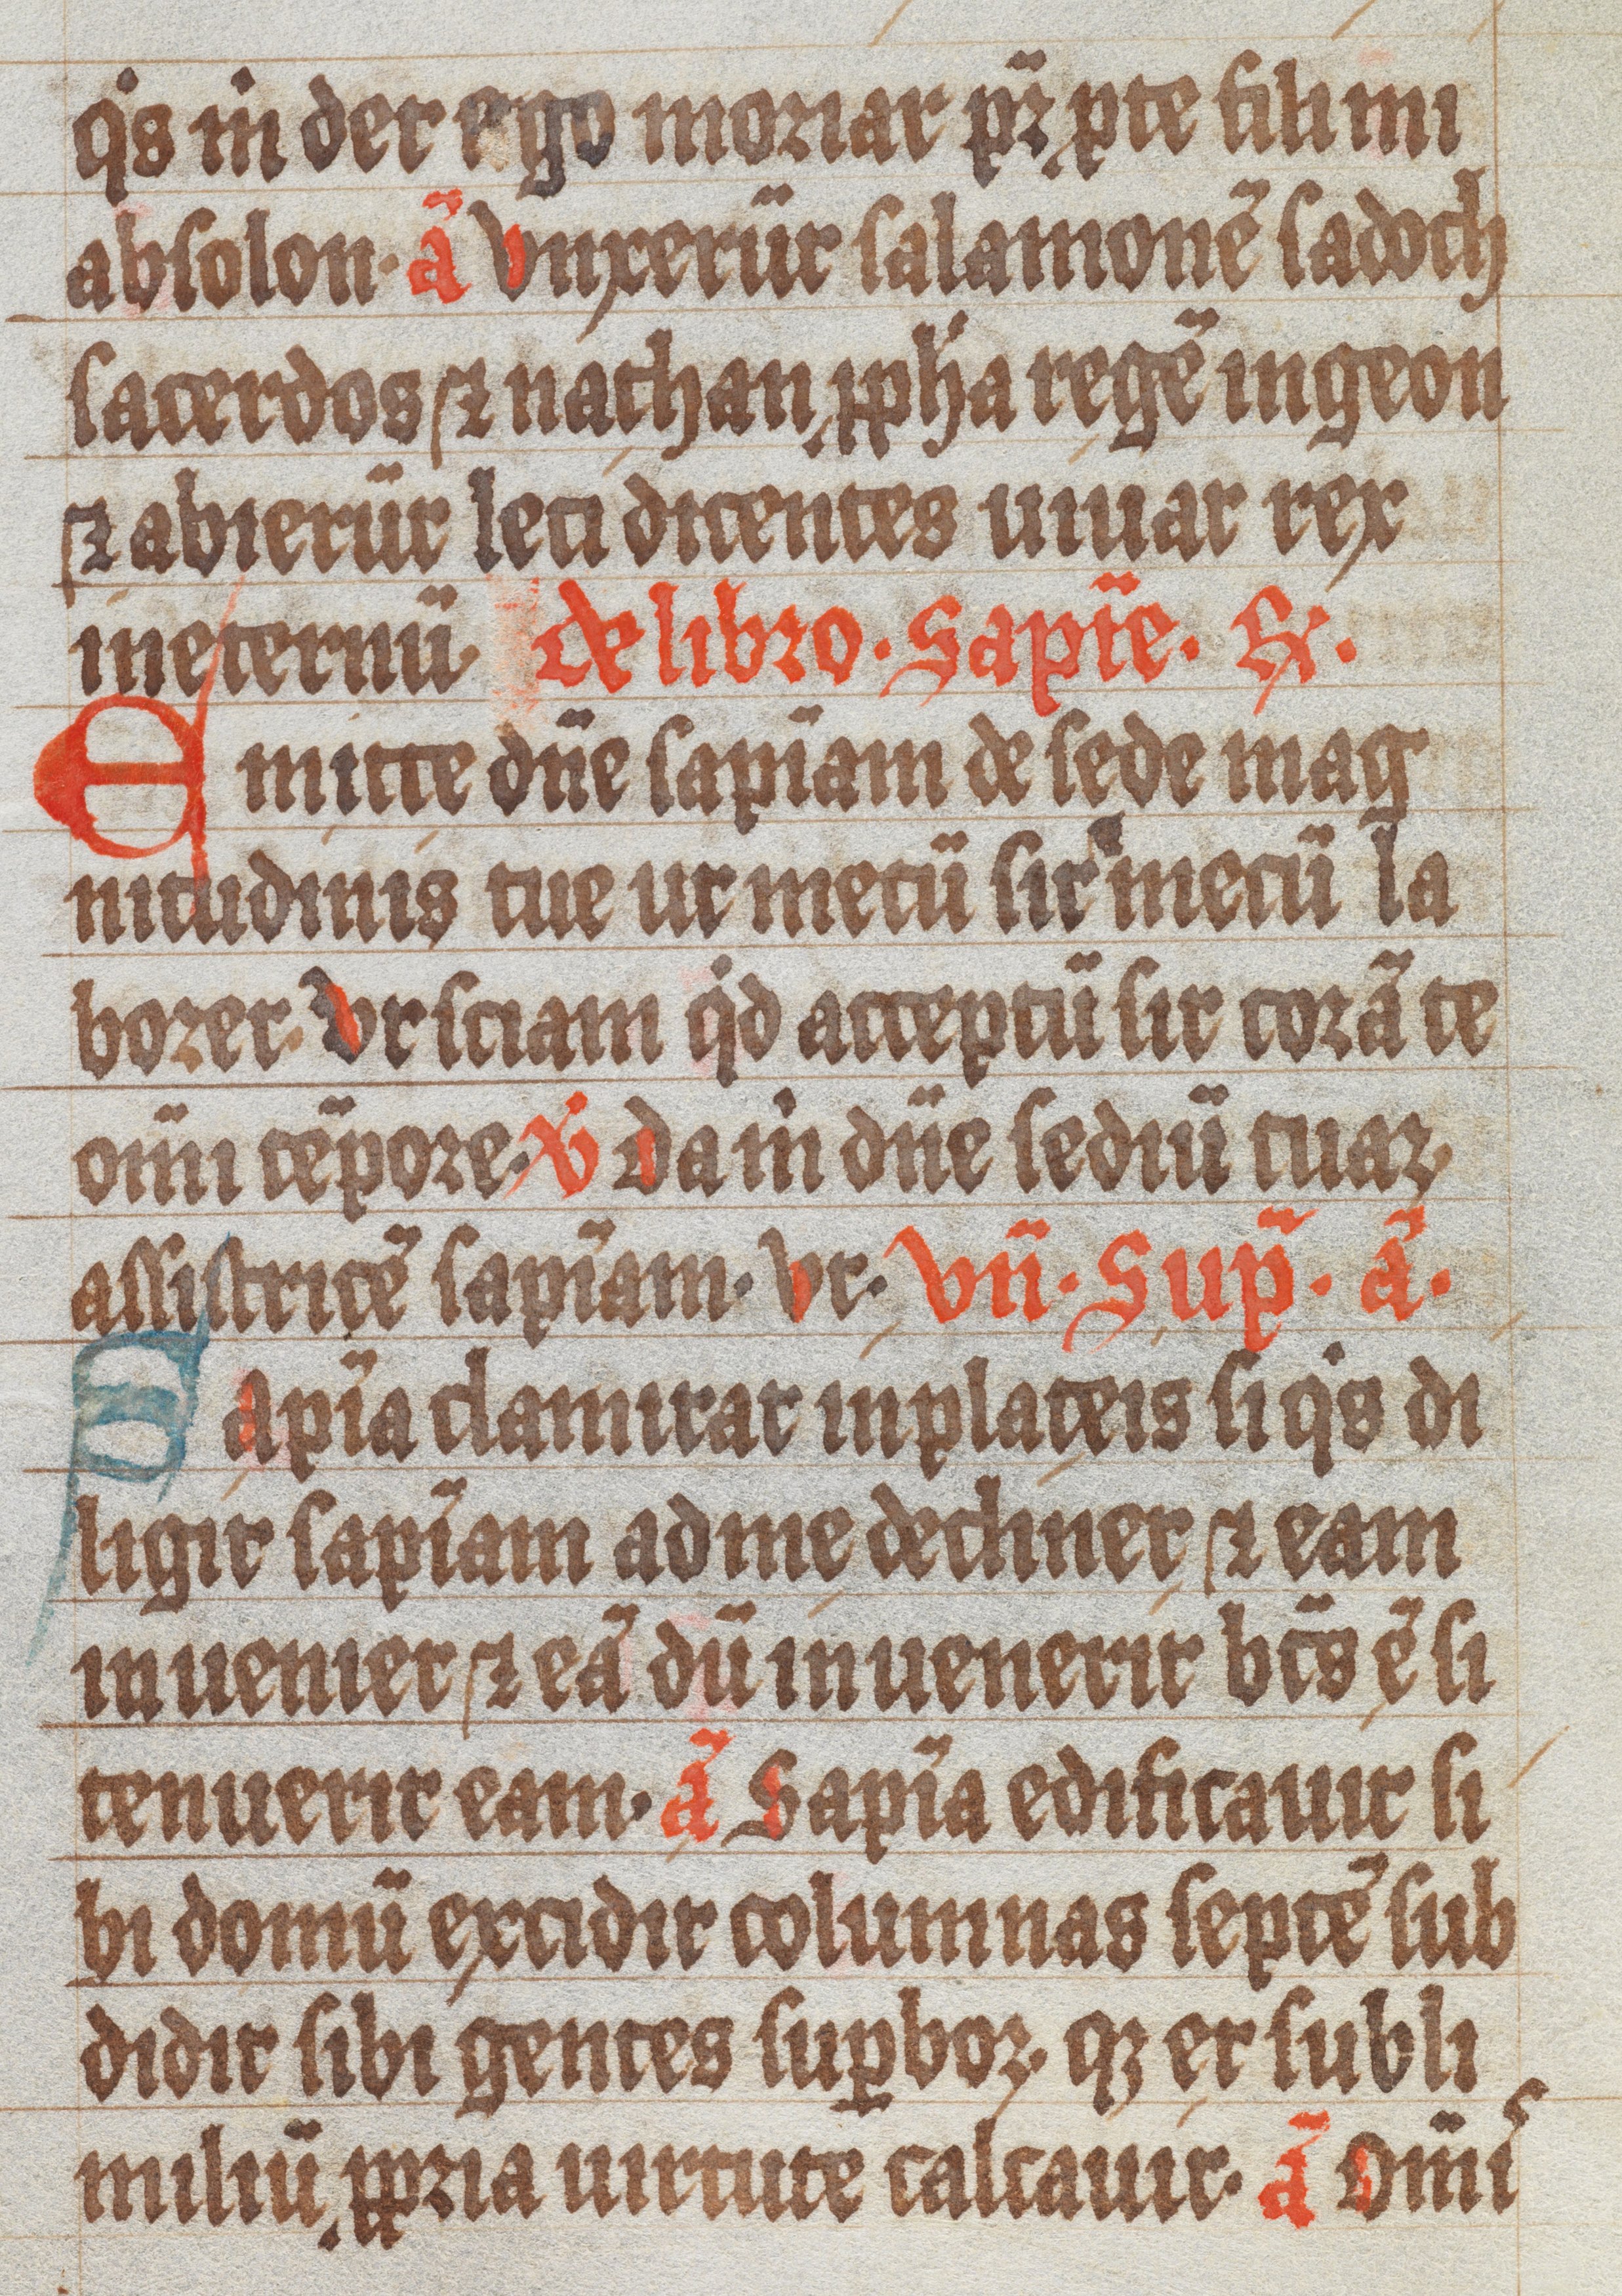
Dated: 1300–1499